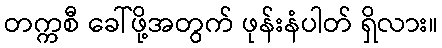
တက္ကစီ ခေါ်ဖို့အတွက် ဖုန်းနံပါတ် ရှိလား။